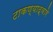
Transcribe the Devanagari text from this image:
टाकण्याद्वारे